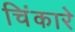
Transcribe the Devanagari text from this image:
चिंकारे